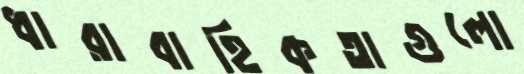
ধারাবাহিকতাগুলো